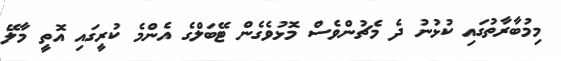
މިމުބާރާތުގައި ކުޅުނު ދެ މެޗުންވެސް މޮޅުވެގެން ޓޭބަލްގެ އެންމެ ކުރީގައި އޮތީ މާލޭ